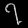
Digit: ၇